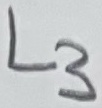
Text: L3